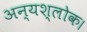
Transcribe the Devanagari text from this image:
अन्यश्लोक।